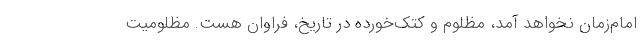
امام‌زمان نخواهد آمد، مظلوم و کتک‌خورده در تاریخ، فراوان هست. مظلومیت